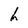
Character: h